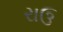
રાઉ